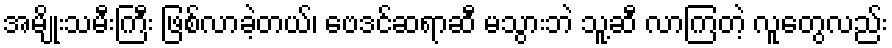
အမျိုးသမီးကြီး ဖြစ်လာခဲ့တယ်၊ ဗေဒင်ဆရာဆီ မသွားဘဲ သူ့ဆီ လာကြတဲ့ လူတွေလည်း